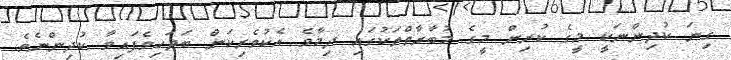
ގިނަ ކުދިންނަކީ މީގެ ކުރިން މީގެ މުބާރާތްތަކުގައި ދިމާވެ އެކުވެރިކަން ބަދަހިވެފައިވާ ކުދިންނެވެ.